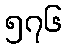
၅၇၆